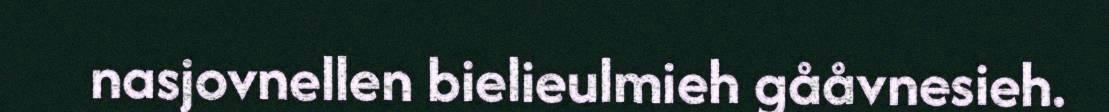
nasjovnellen bielieulmieh gååvnesieh.